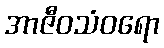
အာဇီဝသံဝရော